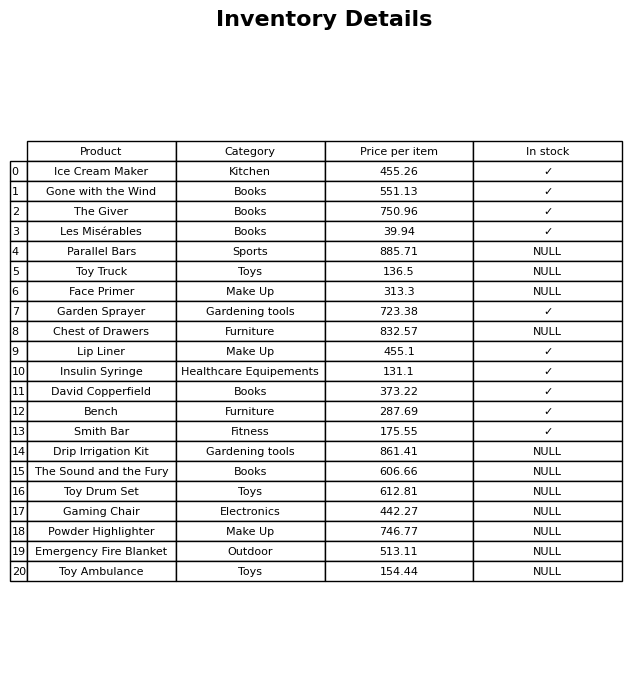
question: What is the price for The Sound and the Fury?
answer: The price of The Sound and the Fury is 606.66.